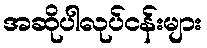
အဆိုပါလုပ်ငန်းများ